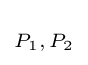
\scriptstyle P_{1},\,P_{2}